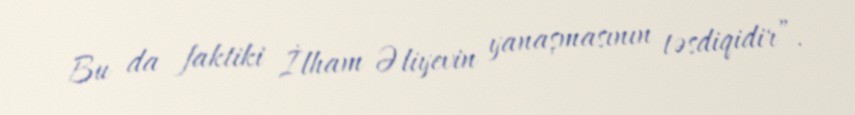
Bu da faktiki İlham Əliyevin yanaşmasının təsdiqidir”.